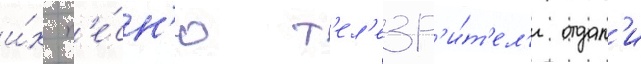
и́х п'е́сн'ю т'ел'езр'и́т'ел'и отдал'и